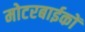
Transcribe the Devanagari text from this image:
मोटरबाईकों